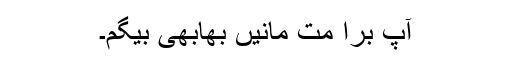
آپ برا مت مانیں بھابھی بیگم۔